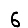
Digit: 6